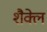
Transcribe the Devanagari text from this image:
शैक्ले